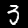
Digit: 3